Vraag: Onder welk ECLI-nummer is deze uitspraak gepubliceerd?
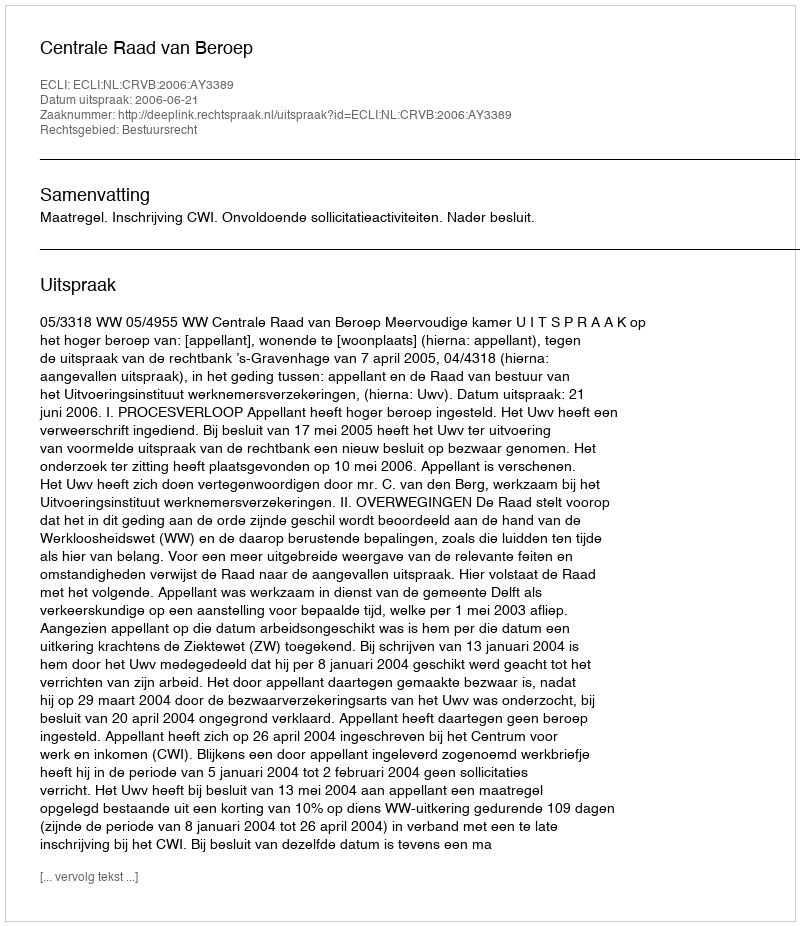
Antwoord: ECLI:NL:CRVB:2006:AY3389